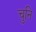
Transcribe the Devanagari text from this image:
चुनि